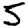
Digit: 5